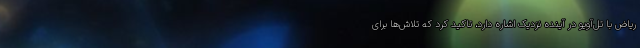
ریاض با تل‌آویو در آینده نزدیک اشاره دارد، تاکید کرد که تلاش‌ها برای